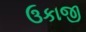
ઉકાજી